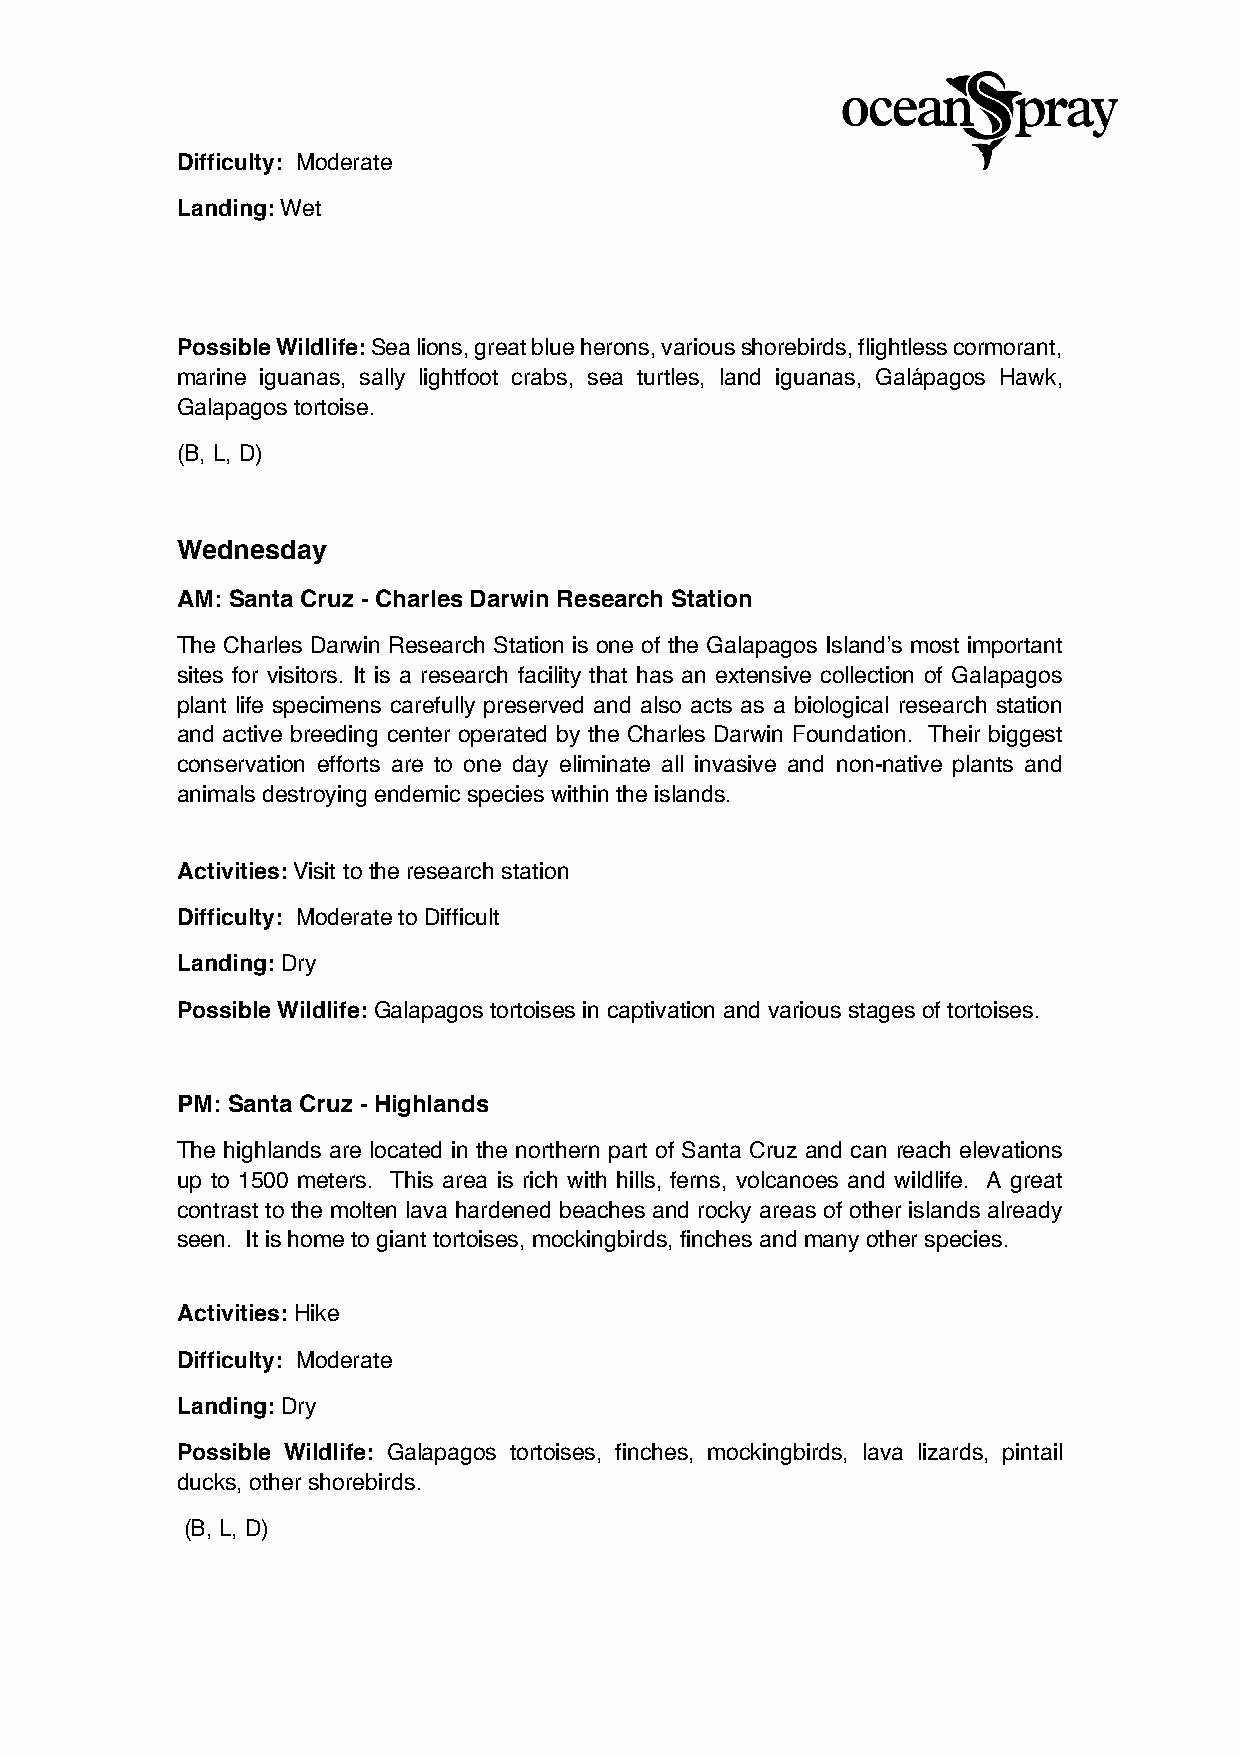
Difficulty: Moderate
 Landing: Wet
 Possible Wildlife: Sea lions, great blue herons, various shorebirds, flightless cormorant,
 marine iguanas, sally lightfoot crabs, sea turtles, land iguanas, Galápagos Hawk,
 Galapagos tortoise.
 (B, L, D)
 Wednesday
 AM: Santa Cruz - Charles Darwin Research Station
 The Charles Darwin Research Station is one of the Galapagos Island’s most important
 sites for visitors. It is a research facility that has an extensive collection of Galapagos
 plant life specimens carefully preserved and also acts as a biological research station
 and active breeding center operated by the Charles Darwin Foundation. Their biggest
 conservation efforts are to one day eliminate all invasive and non-native plants and
 animals destroying endemic species within the islands.
 Activities: Visit to the research station
 Difficulty: Moderate to Difficult
 Landing: Dry
 Possible Wildlife: Galapagos tortoises in captivation and various stages of tortoises.
 PM: Santa Cruz - Highlands
 The highlands are located in the northern part of Santa Cruz and can reach elevations
 up to 1500 meters. This area is rich with hills, ferns, volcanoes and wildlife. A great
 contrast to the molten lava hardened beaches and rocky areas of other islands already
 seen. It is home to giant tortoises, mockingbirds, finches and many other species.
 Activities: Hike
 Difficulty: Moderate
 Landing: Dry
 Possible Wildlife: Galapagos tortoises, finches, mockingbirds, lava lizards, pintail
 ducks, other shorebirds.
 (B, L, D)